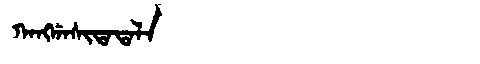
Manchu: ᡴᠠᠩᡤᠠᠰᡳᡨᠠᡨᠠᠯᠠ
Romanization: KANGGASITATALA